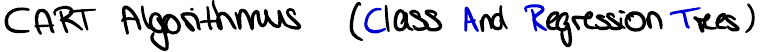
CART Algorithmus (Class And Regression Trees)